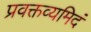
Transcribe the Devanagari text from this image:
प्रवक्तव्यमिदं